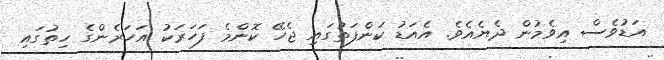
އަޑުވެސް އިވެމުން ދެޔެއެވެ. އެއަޑު ކަންފަތުގައި ޖެހޭ ކޮންމެ ފަހަރަކު އަހަރެންގެ ހިތުގައި